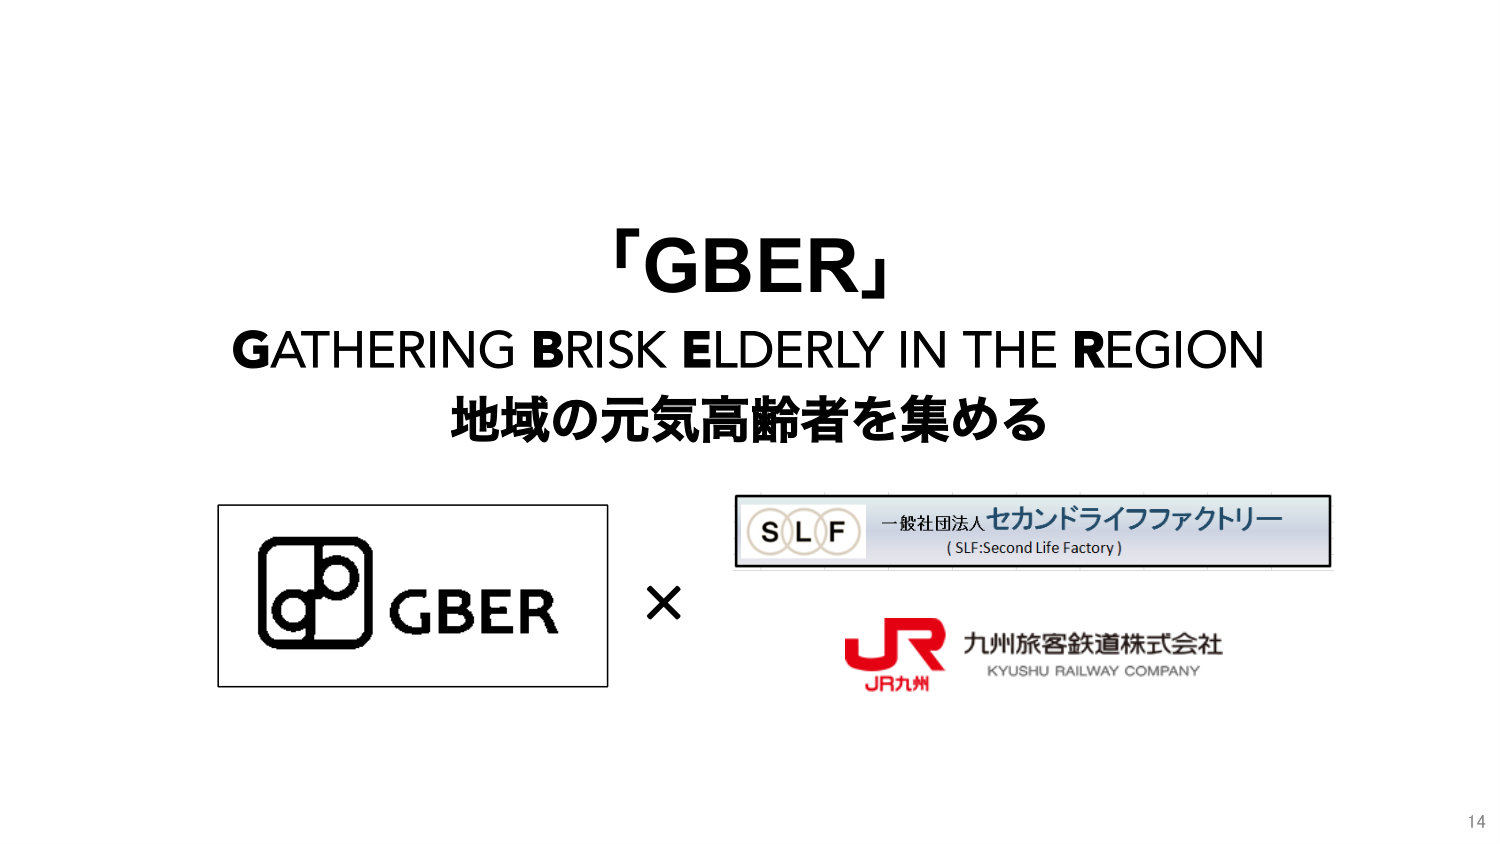
「GBER」
GATHERING BRISK ELDERLY IN THE REGION
地域の元気高齢者を集める

GBER
×
SLF 一般社団法人 セカンドライフファクトリー
（SLF:Second Life Factory）
JR九州 九州旅客鉄道株式会社
KYUSHU RAILWAY COMPANY

14